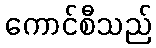
ကောင်စီသည်